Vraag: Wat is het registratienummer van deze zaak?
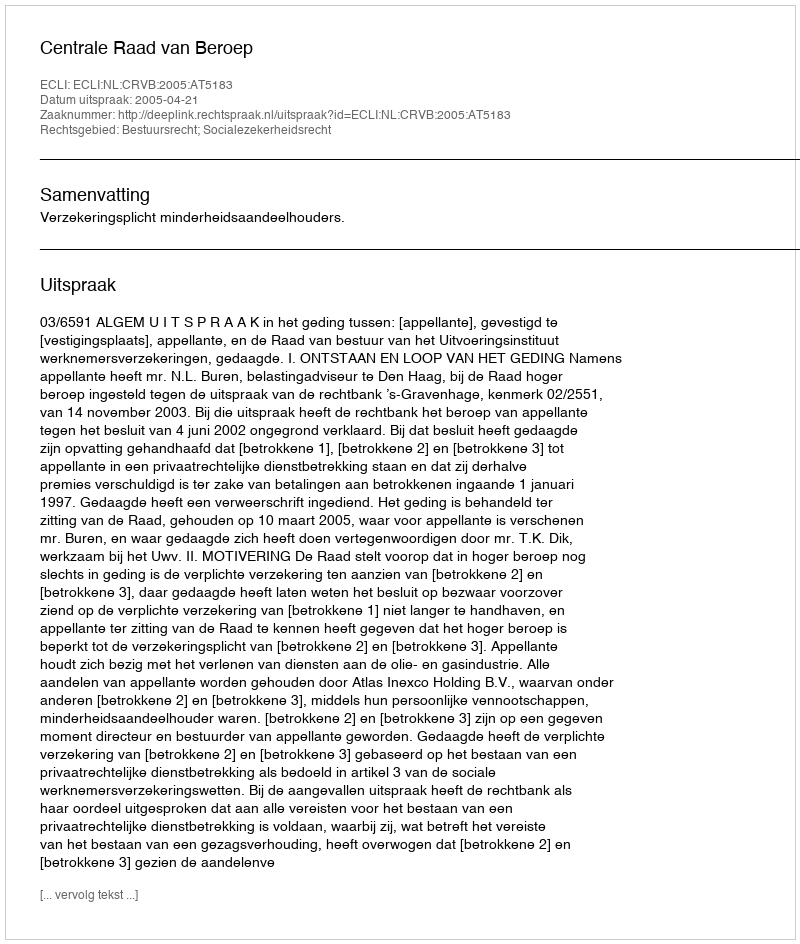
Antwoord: http://deeplink.rechtspraak.nl/uitspraak?id=ECLI:NL:CRVB:2005:AT5183